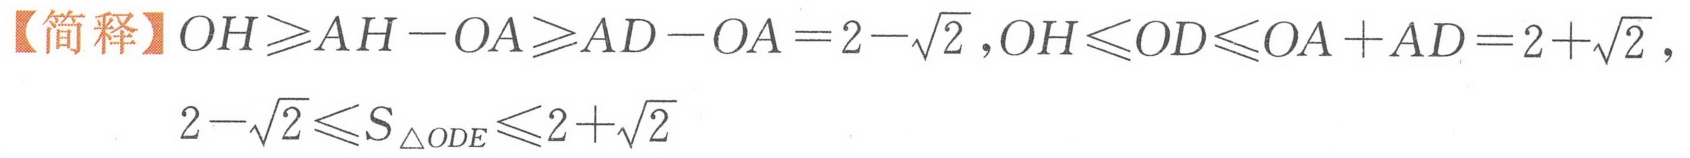
【简释】\(OH\geqslant AH - OA\geqslant AD - OA=2-\sqrt{2},OH\leqslant OD\leqslant OA + AD=2+\sqrt{2}\),
\(2-\sqrt{2}\leqslant S_{\triangle ODE}\leqslant2+\sqrt{2}\)